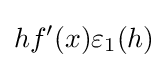
hf'(x)\varepsilon _{1}(h)